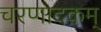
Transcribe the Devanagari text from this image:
चरणोदकम्